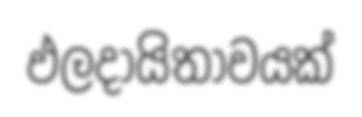
ඵලදායිතාවයක්